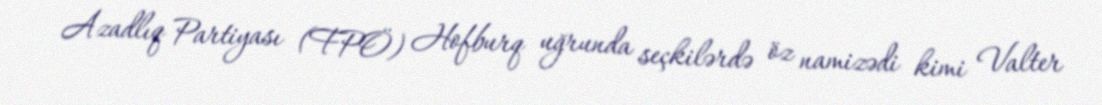
Azadlıq Partiyası (FPÖ) Hofburq uğrunda seçkilərdə öz namizədi kimi Valter